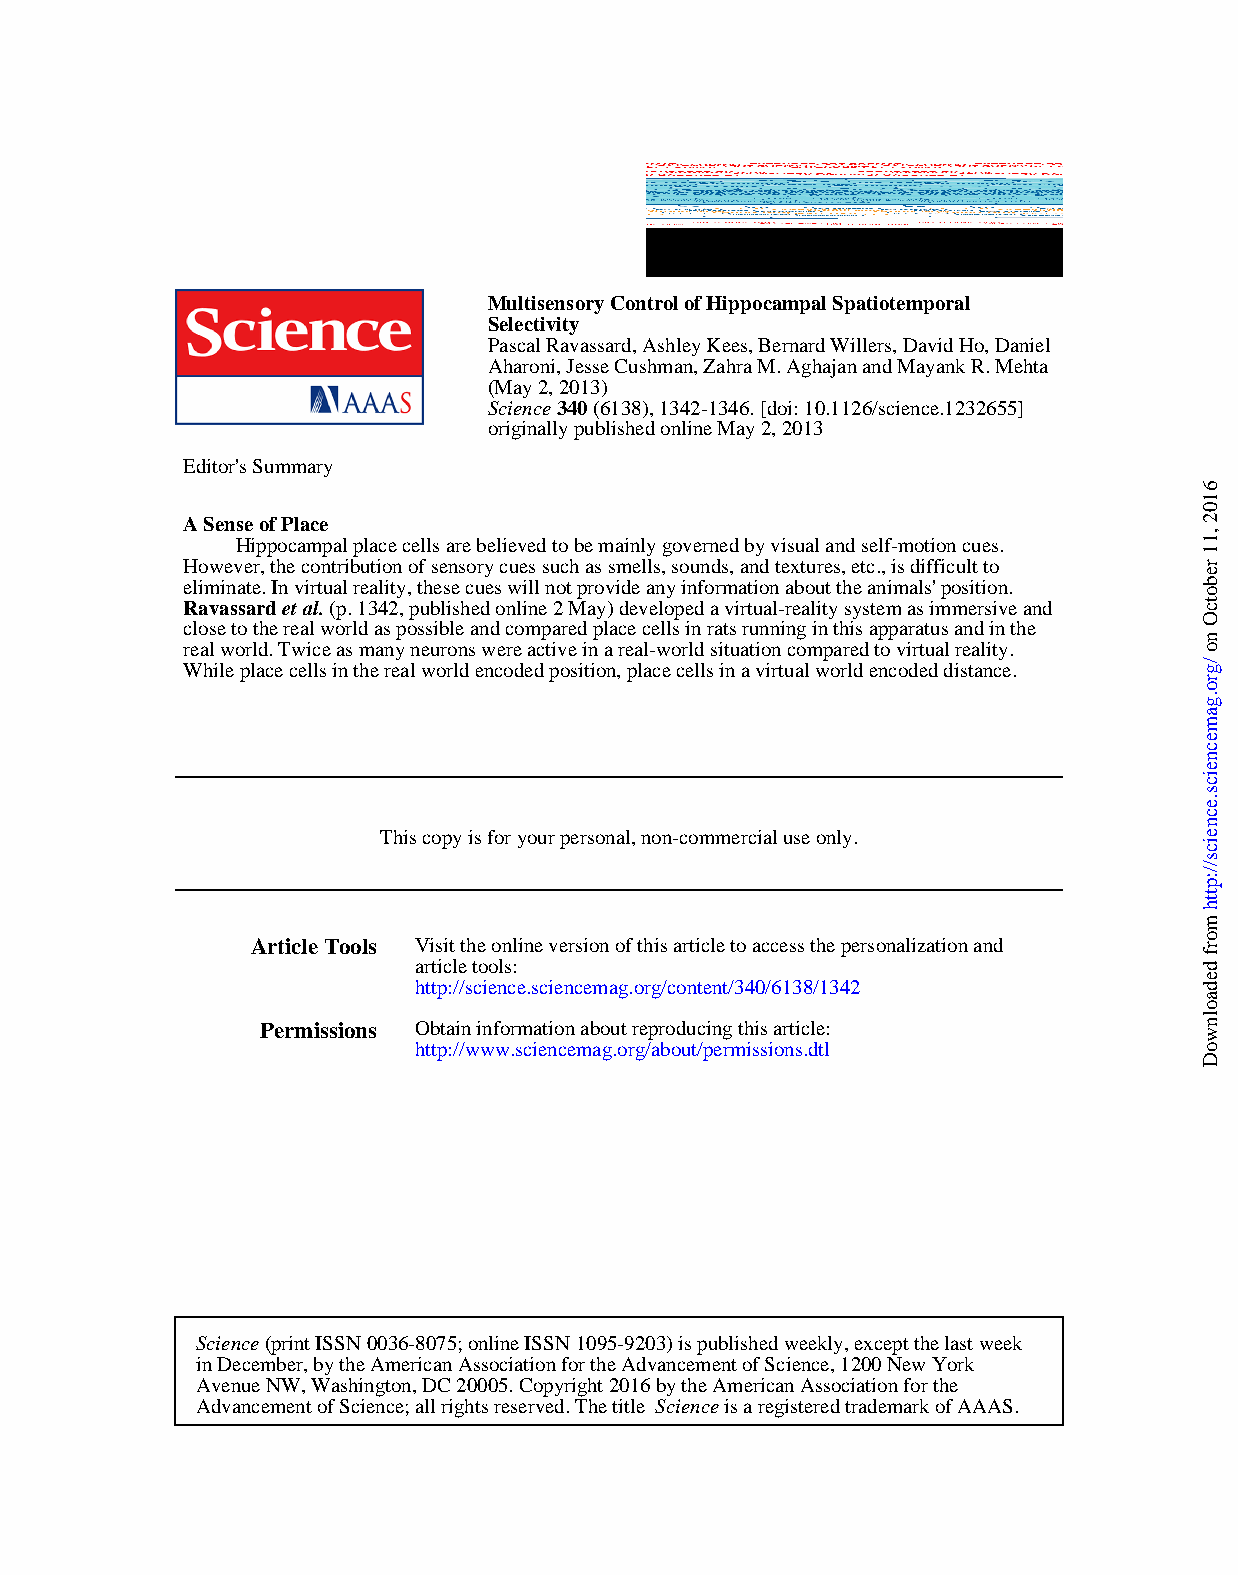
Multisensory Control of Hippocampal Spatiotemporal
 Selectivity
 Pascal Ravassard, Ashley Kees, Bernard Willers, David Ho, Daniel
 Aharoni, Jesse Cushman, Zahra M. Aghajan and Mayank R. Mehta
 (May 2, 2013)
 Science 340 (6138), 1342-1346. [doi: 10.1126/science.1232655]
 originally published online May 2, 2013
 Editor's Summary
 A Sense of Place
 Hippocampal place cells are believed to be mainly governed by visual and self-motion cues.
 However, the contribution of sensory cues such as smells, sounds, and textures, etc., is difficult to
 eliminate. In virtual reality, these cues will not provide any information about the animals' position.
 Ravassard et al. (p. 1342, published online 2 May) developed a virtual-reality system as immersive and
 close to the real world as possible and compared place cells in rats running in this apparatus and in the
 real world. Twice as many neurons were active in a real-world situation compared to virtual reality.
 While place cells in the real world encoded position, place cells in a virtual world encoded distance.
 This copy is for your personal, non-commercial use only.
 Article Tools Visit the online version of this article to access the personalization and
 article tools:
 http://science.sciencemag.org/content/340/6138/1342
 Permissions Obtain information about reproducing this article:
 http://www.sciencemag.org/about/permissions.dtl
 Science (print ISSN 0036-8075; online ISSN 1095-9203) is published weekly, except the last week
 in December, by the American Association for the Advancement of Science, 1200 New York
 Avenue NW, Washington, DC 20005. Copyright 2016 by the American Association for the
 Advancement of Science; all rights reserved. The title Science is a registered trademark of AAAS.
 6102
 ,11
 rebotcO
 no
 /gro.gamecneics.ecneics//:ptth
 morf
 dedaolnwoD